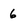
Character: 6